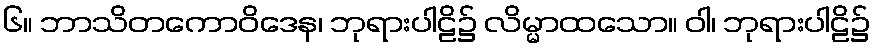
၆။ ဘာသိတကောဝိဒေန၊ ဘုရားပါဠိ၌ လိမ္မာထသော။ ဝါ၊ ဘုရားပါဠိ၌